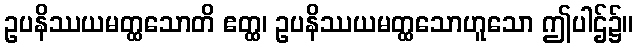
ဥပနိဿယမတ္ထသောတိ ဧတ္ထ၊ ဥပနိဿယမတ္ထသောဟူသော ဤပါဌ်၌။